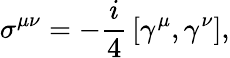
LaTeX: \sigma^{\mu\nu}=-{\frac{i}{4}}\left[\gamma^{\mu},\gamma^{\nu}\right],